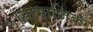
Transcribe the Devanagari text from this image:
७।सामाजिक